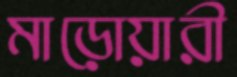
মাড়োয়ারী